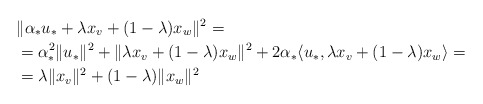
\begin{align*} &\|\alpha_*u_*+\lambda x_v+(1-\lambda)x_w\|^2=\\ &=\alpha_*^2\|u_*\|^2+\|\lambda x_v+(1-\lambda)x_w\|^2+2\alpha_*\langle u_*,\lambda x_v+(1-\lambda)x_w\rangle=\\ &=\lambda \|x_v\|^2 + (1-\lambda)\|x_w\|^2 \end{align*}